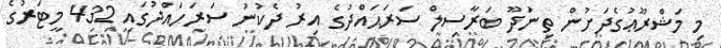
މި މަޝްރޫޢުގެދަށުން ތިނަދޫ ބަރާސިލް ސަރަޙައްދުގެ އިރު ދެކުނު ސަރަހައްދުގައި 432 މީޓަރުގެ